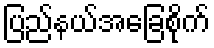
ပြည်နယ်အခြေစိုက်